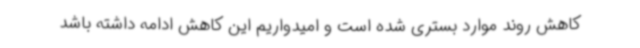
کاهش روند موارد بستری شده است و امیدواریم این کاهش ادامه داشته باشد